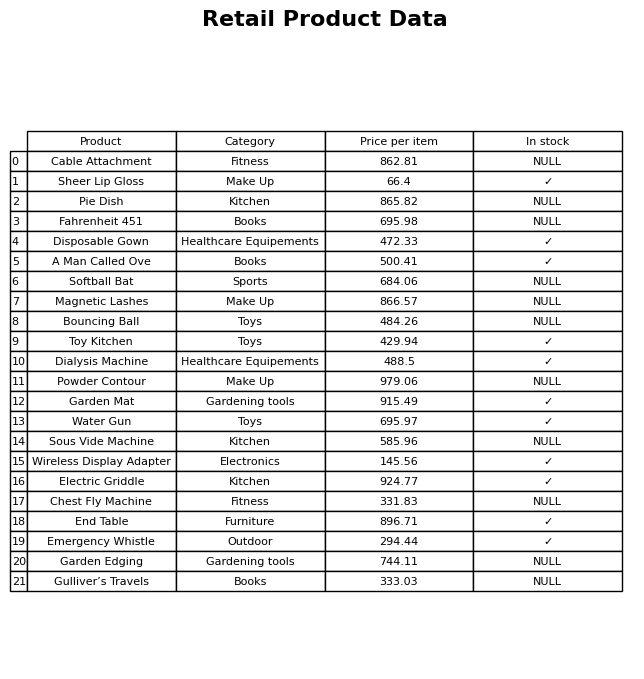
question: What is the price for End Table?
answer: The price of End Table is 896.71.